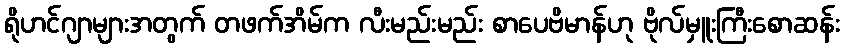
ရိုဟင်ဂျာများအတွက် တဖက်အိမ်က လီးမည်းမည်း စာပေဗိမာန်ဟု ဗိုလ်မှူးကြီးစောဆန်း